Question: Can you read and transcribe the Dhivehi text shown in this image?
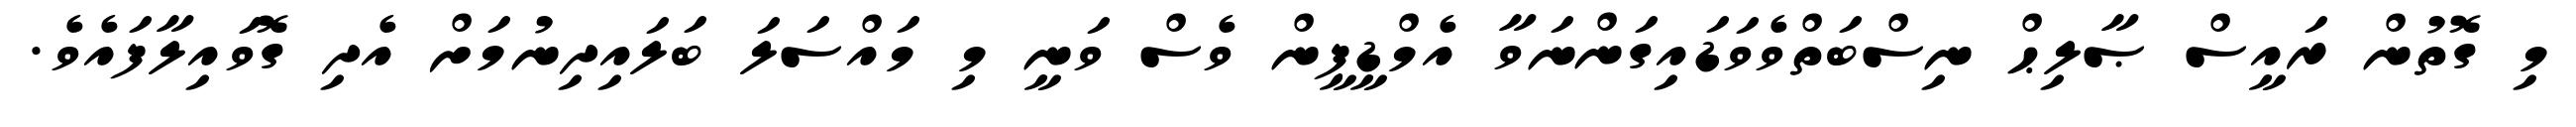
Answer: މި ގޮތުން ރައީސް ޞާލިޙް ނިސްބަތްވެވަޑައިގަންނަވާ އެމްޑީޕީން ވެސް ވަނީ މި މައްސަލަ ބަލައިދިނުމަށް އެދި ގޮވައިލާފައެވެ.